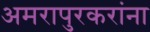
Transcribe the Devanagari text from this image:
अमरापुरकरांना